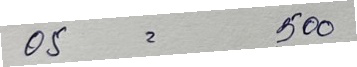
05 = 500